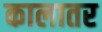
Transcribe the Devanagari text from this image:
कालातर